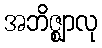
အဘိဇ္ဈာလု